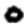
Digit: 0